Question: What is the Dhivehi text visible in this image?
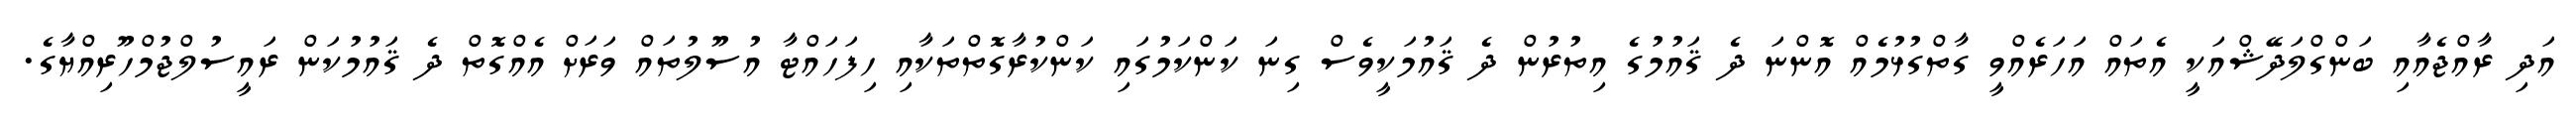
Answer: އަދި ރާއްޖެއާއި ބަންގްލަދޭޝްއަކީ އެތައް އަހަރެއްވީ ގާތްގުޅުމެއް އޮންނަ ދެ ޤައުމުގެ އިތުރުން ދެ ޤައުމަކީވެސް ގިނަ ކަންކަމުގައި ކަންކުރާގޮތްތަކާއި ހިފަހައްޓާ އުސޫލުތައް ވަރަށް އެއްގޮތް ދެ ޤައުމުކަން ރައީސުލްޖުމްހޫރިއްޔާގެ.